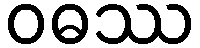
ဝဓဿ